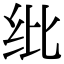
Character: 纰